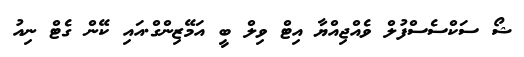
ޝޯ ސަކްސެސްފުލް ވެއްޖިއްޔާ އިޓް ވިލް ބީ އަމޭޒިންގް.އައި ކޭން ގެޓް ނިއު